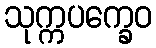
သုက္ကပက္ခေဝ